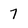
Character: 7